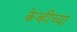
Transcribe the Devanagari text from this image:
केव्हीच्या